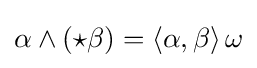
\alpha \wedge ({\star }\beta )=\langle \alpha ,\beta \rangle \,\omega